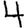
Digit: 4